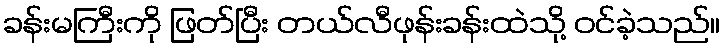
ခန်းမကြီးကို ဖြတ်ပြီး တယ်လီဖုန်းခန်းထဲသို့ ဝင်ခဲ့သည်။